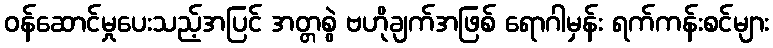
ဝန်ဆောင်မှုပေးသည့်အပြင် အတ္တစွဲ ဗဟိုချက်အဖြစ် ရောဂါမှန်း ရက်ကန်းစင်များ